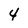
Character: 4